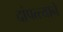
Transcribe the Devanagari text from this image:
दांपत्त्याने